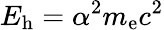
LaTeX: E_{\mathrm{h}}=\alpha^{2}m_{\mathrm{e}}c^{2}